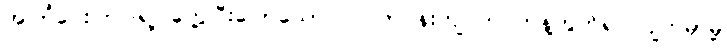
အကြံပေးကြပါရဲ့၊ တွေ့ပြီးပြောသော်လဲ ပတ်ဝန်းကျင်က ကန့်ကွက်ရင် ပျက်မှာမို့